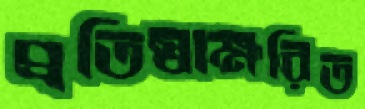
প্রতিস্বাক্ষরিত